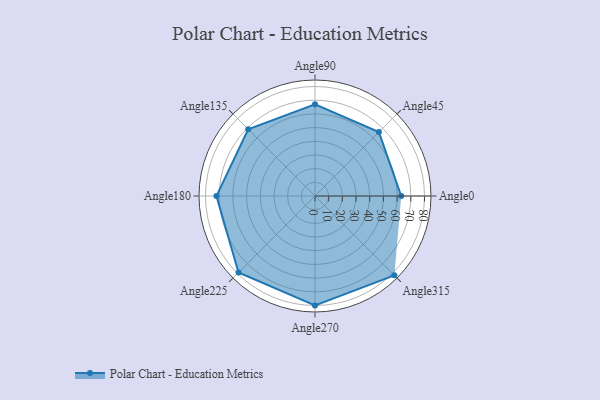
{"axis": {"x": "Angle", "y": "Radius"}, "legend": [""], "data": [{"x": "Angle0", "y": 63.0, "type": ""}, {"x": "Angle45", "y": 66.0, "type": ""}, {"x": "Angle90", "y": 67.0, "type": ""}, {"x": "Angle135", "y": 69.0, "type": ""}, {"x": "Angle180", "y": 72.0, "type": ""}, {"x": "Angle225", "y": 79.0, "type": ""}, {"x": "Angle270", "y": 80.0, "type": ""}, {"x": "Angle315", "y": 82.0, "type": ""}]}